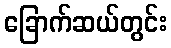
ခြောက်ဆယ်တွင်း